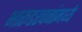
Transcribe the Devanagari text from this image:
भारूडरचनांमध्ये